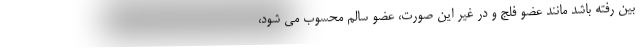
بین رفته باشد مانند عضو فلج و در غیر این صورت، عضو سالم محسوب می شود،